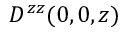
D ^ { z z } ( 0 , 0 , z )